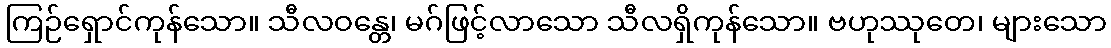
ကြဉ်ရှောင်ကုန်သော။ သီလဝန္တေ၊ မဂ်ဖြင့်လာသော သီလရှိကုန်သော။ ဗဟုဿုတေ၊ များသော